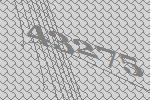
43275